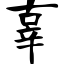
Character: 辜